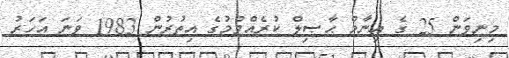
މިނިވަން 25 ގެ އިނާމް ޙާޞިލް ކުރެއްވުމުގެ އިތުރުން 1983 ވަނަ އަހަރު